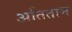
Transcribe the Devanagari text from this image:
अतिताम